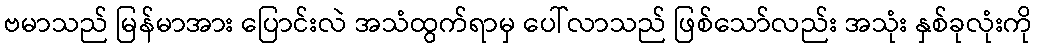
ဗမာသည် မြန်မာအား ပြောင်းလဲ အသံထွက်ရာမှ ပေါ်လာသည် ဖြစ်သော်လည်း အသုံး နှစ်ခုလုံးကို